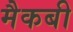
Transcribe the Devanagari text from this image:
मैकबी